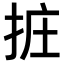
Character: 𢬂